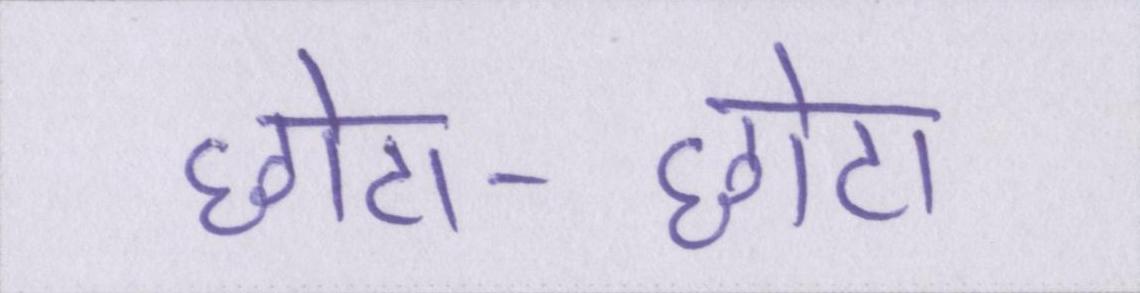
छोटा-छोटा